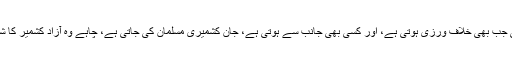
کنڑول لائن پر جنگ بندی کی جب بھی خلاف ورزی ہوتی ہے، اور کسی بھی جانب سے ہوتی ہے، جان کشمیری مسلمان کی جاتی ہے، چاہے وہ آزاد کشمیر کا شہری ہو یا مقبوضہ کشمیر کا۔